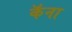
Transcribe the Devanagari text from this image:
कॅना